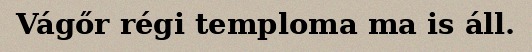
Vágőr régi temploma ma is áll.